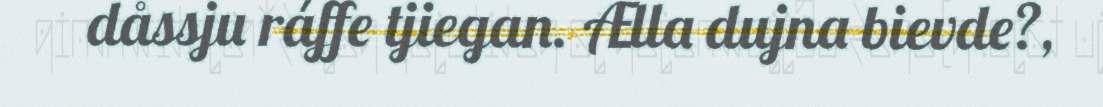
dåssju ráffe tjiegan. Ælla dujna bievde?,